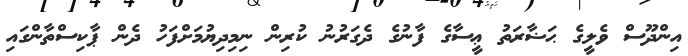
އިންދޫސް ވެލީގެ ޙަޟާރަތު ޢީސާގެ ފާނުގެ ދެގަރުނު ކުރިން ނިމިދިޔުމަށްފަހު ދެން ޕާކިސްތާންގައި